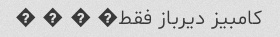
کامبیز دیرباز فقط� � � �